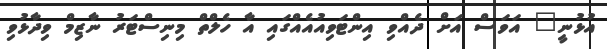
އުޅުނީ" އަވަސް އަށް ދެއްވި އިންޓަވިއުއެއްގައި އާ ހެލްތް މިނިސްޓަރު ނާޒިމް ވިދާޅުވި